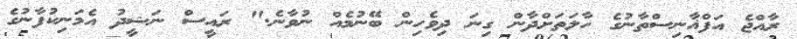
ރާއްޖެ އަފްޣާނިސްތާނުގެ ހާލަތަށްދާން ގިނަ ދިވެހިން ބޭނުމެއް ނުވާނެ." ރައީސް ނަޝީދު އެމަނިކުފާނުގެ